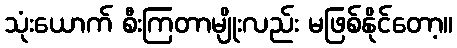
သုံးယောက် စီးကြတာမျိုးလည်း မဖြစ်နိုင်တော့။